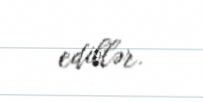
ediblər.